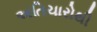
અતિચારોથી